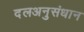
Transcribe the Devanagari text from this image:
दलअनुसंधान